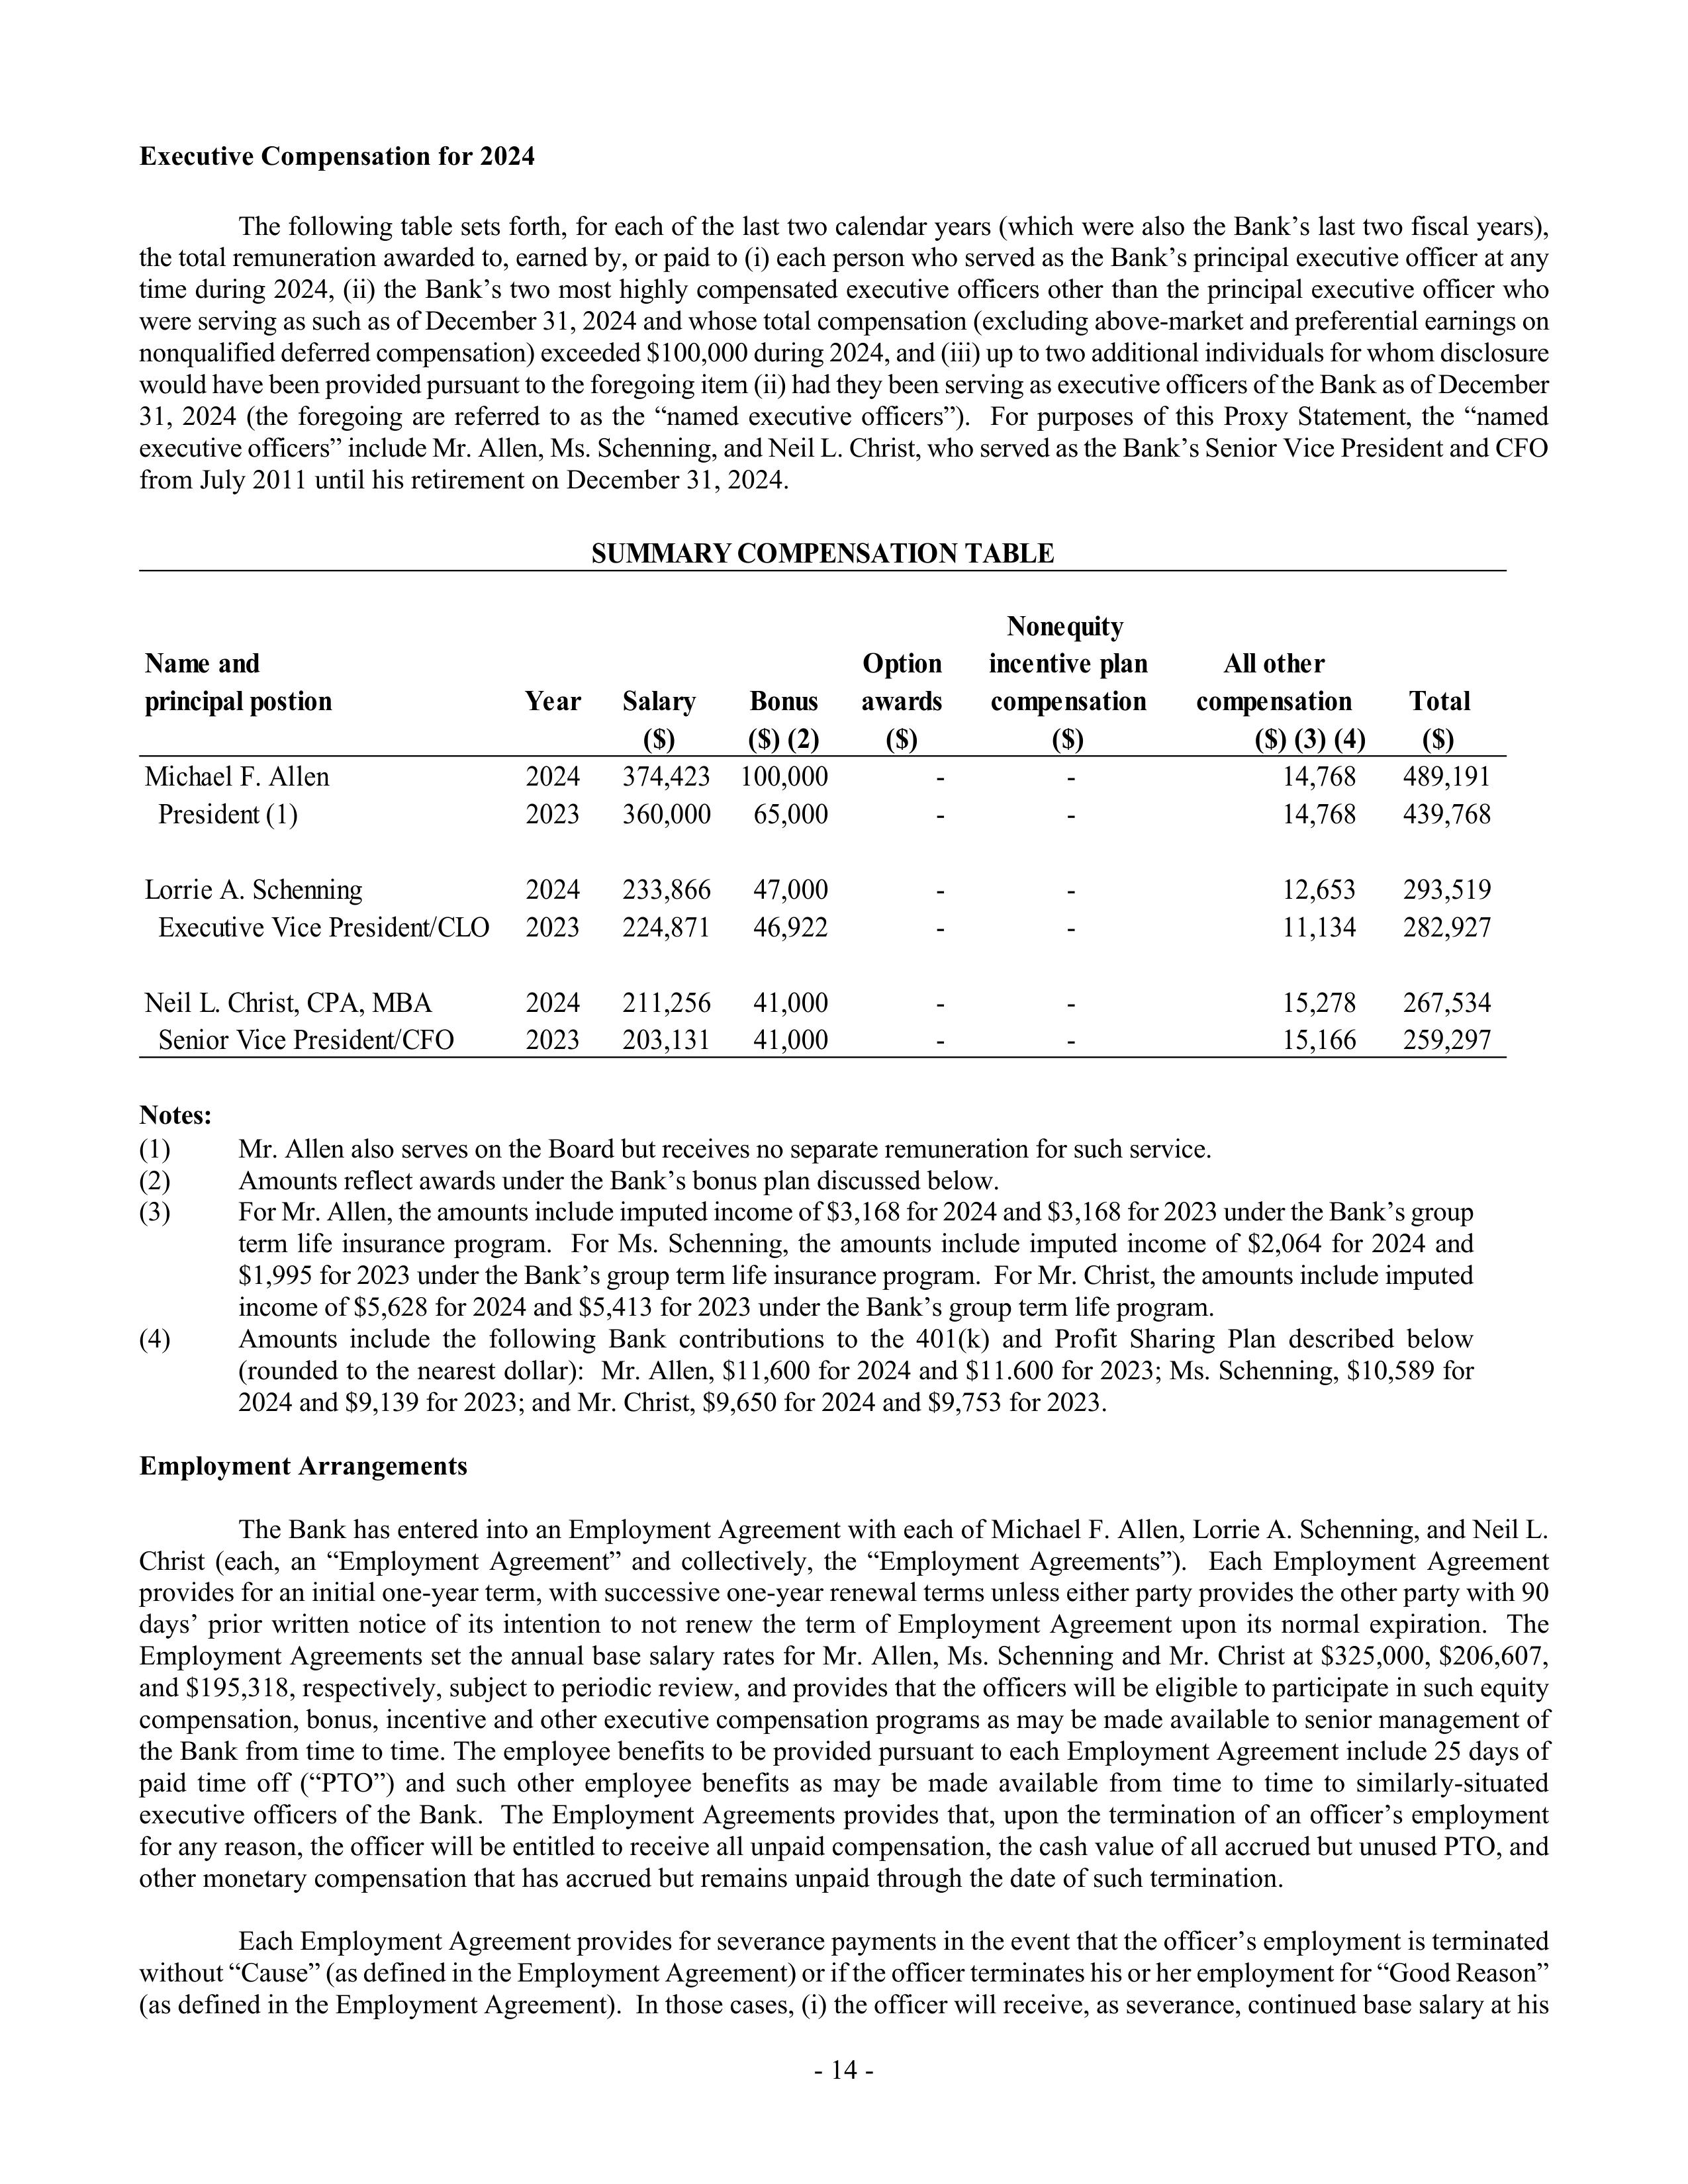
Executive Compensation for 2024

The following table sets forth, for each of the last two calendar years (which were also the Bank’s last two fiscal years),
the total remuneration awarded to, earned by, or paid to (i) each person who served as the Bank’s principal executive officer at any
time during 2024, (ii) the Bank’s two most highly compensated executive officers other than the principal executive officer who
were serving as such as of December 31, 2024 and whose total compensation (excluding above-market and preferential earnings on
nonqualified deferred compensation) exceeded $100,000 during 2024, and (iii) up to two additional individuals for whom disclosure
would have been provided pursuant to the foregoing item (ii) had they been serving as executive officers of the Bank as of December
31, 2024 (the foregoing are referred to as the “named executive officers”). For purposes of this Proxy Statement, the “named
executive officers” include Mr. Allen, Ms. Schenning, and Neil L. Christ, who served as the Bank’s Senior Vice President and CFO
from July 2011 until his retirement on December 31, 2024.

SUMMARY COMPENSATION TABLE

Name and                                                   Option             Nonequity incentive plan        All other
principal position                       Year    Salary    awards             compensation                   compensation            Total
                                                 ($)       ($) (2)            ($)                            ($) (3) (4)             ($)

Michael F. Allen                         2024    374,423   100,000            -                              14,768                  489,191
President (1)                            2023    360,000    65,000            -                              14,768                  439,768

Lorrie A. Schenning                      2024    233,866    47,000            -                              12,653                  293,519
Executive Vice President/CLO             2023    224,871    46,922            -                              11,134                  282,927

Neil L. Christ, CPA, MBA                 2024    211,256    41,000            -                              15,278                  267,534
Senior Vice President/CFO                2023    203,131    41,000            -                              15,166                  259,297

Notes:
(1)      Mr. Allen also serves on the Board but receives no separate remuneration for such service.
(2)      Amounts reflect awards under the Bank’s bonus plan discussed below.
(3)      For Mr. Allen, the amounts include imputed income of $3,168 for 2024 and $3,168 for 2023 under the Bank’s group
         term life insurance program. For Ms. Schenning, the amounts include imputed income of $2,064 for 2024 and
         $1,995 for 2023 under the Bank’s group term life insurance program. For Mr. Christ, the amounts include imputed
         income of $5,628 for 2024 and $5,413 for 2023 under the Bank’s group term life program.
(4)      Amounts include the following Bank contributions to the 401(k) and Profit Sharing Plan described below
         (rounded to the nearest dollar): Mr. Allen, $11,600 for 2024 and $11,600 for 2023; Ms. Schenning, $10,589 for
         2024 and $9,139 for 2023; and Mr. Christ, $9,650 for 2024 and $9,753 for 2023.

Employment Arrangements

The Bank has entered into an Employment Agreement with each of Michael F. Allen, Lorrie A. Schenning, and Neil L.
Christ (each, an “Employment Agreement” and collectively, the “Employment Agreements”). Each Employment Agreement
provides for an initial one-year term, with successive one-year renewal terms unless either party provides the other party with 90
days’ prior written notice of its intention to not renew the term of Employment Agreement upon its normal expiration. The
Employment Agreements set the annual base salary rates for Mr. Allen, Ms. Schenning and Mr. Christ at $325,000, $206,607,
and $195,318, respectively, subject to periodic review, and provides that the officers will be eligible to participate in such equity
compensation, bonus, incentive and other executive compensation programs as may be made available to senior management of
the Bank from time to time. The employee benefits to be provided pursuant to each Employment Agreement include 25 days of
paid time off (“PTO”) and such other employee benefits as may be made available from time to time to similarly-situated
executive officers of the Bank. The Employment Agreements provides that, upon the termination of an officer’s employment
for any reason, the officer will be entitled to receive all unpaid compensation, the cash value of all accrued but unused PTO, and
other monetary compensation that has accrued but remains unpaid through the date of such termination.

Each Employment Agreement provides for severance payments in the event that the officer’s employment is terminated
without “Cause” (as defined in the Employment Agreement) or if the officer terminates his or her employment for “Good Reason”
(as defined in the Employment Agreement). In those cases, (i) the officer will receive, as severance, continued base salary at his

- 14 -